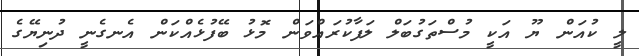
ލީ ކުއަން ޔޫ އަކީ މުސްތަގުބަލް ލަފާކުރައްވަން މޮޅު ބޭފުޅެއްކަން އެނގެނީ ދުނިޔޭގެ